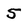
Character: 5